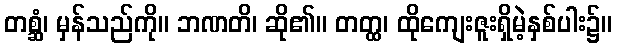
တစ္ဆံ၊ မှန်သည်ကို။ ဘဏတိ၊ ဆို၏။ တတ္ထ၊ ထိုကျေးဇူးရှိမဲ့နှစ်ပါး၌။